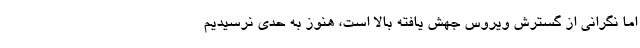
اما نگرانی از گسترش ویروس جهش یافته بالا است، هنوز به حدی نرسیدیم